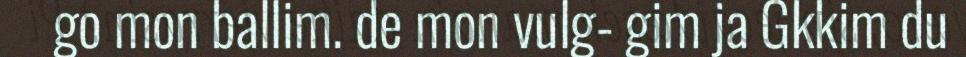
go mon ballim. de mon vulg- gim ja Gkkim du